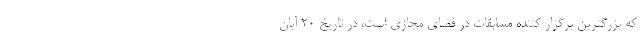
که بزرگترین برگزار کننده مسابقات در فضای مجازی است، در تاریخ ۲۰ آبان